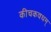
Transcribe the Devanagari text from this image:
कीचकवधम्